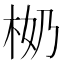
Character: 𣐨